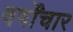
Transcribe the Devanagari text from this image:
वर्षोंचार